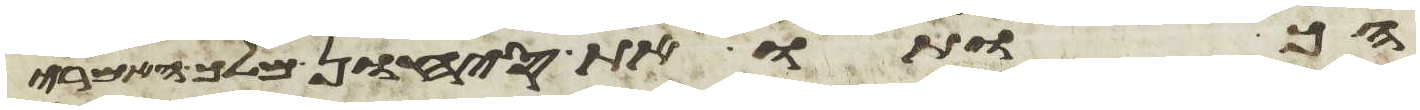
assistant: הכותו את סיחון מלך האמרי